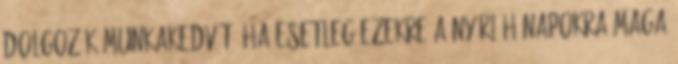
dolgozók munkakedvét, ha esetleg ezekre a nyári hónapokra maga